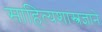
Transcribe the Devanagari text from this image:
साहित्यशास्त्रज्ञाने